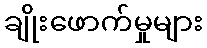
ချိုးဖောက်မှုများ